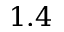
1 . 4